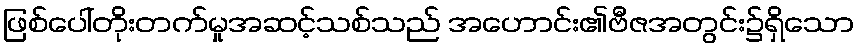
ဖြစ်ပေါ်တိုးတက်မှုအဆင့်သစ်သည် အဟောင်း၏ဗီဇအတွင်း၌ရှိသော